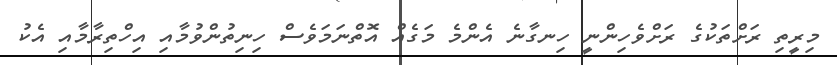
މިރީތި ރަށްތަކުގެ ރަށްވެހިންނީ ހިނގާނެ އެންމެ މަގެއް އޮތްނަމަވެސް ހިނިތުންވުމާއި އިހްތިރާމާއި އެކު